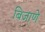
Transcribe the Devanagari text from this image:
बिजाणे